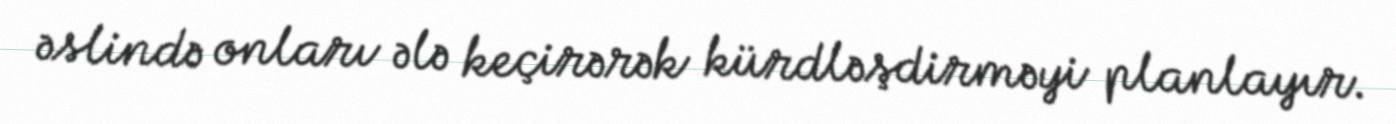
əslində onları ələ keçirərək kürdləşdirməyi planlayır.